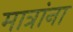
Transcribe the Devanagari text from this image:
मात्रांना